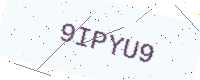
Text: 9IPYU9